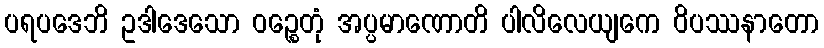
ပရပဒေဘိ ဥဒါဒေသော ဝဉ္စေတုံ အပ္ပမာဏောတိ ပါလိလေယျကေ ဝိပဿနာတော